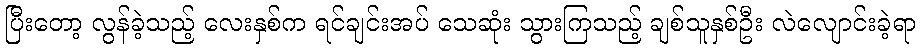
ပြီးတော့ လွန်ခဲ့သည့် လေးနှစ်က ရင်ချင်းအပ် သေဆုံး သွားကြသည့် ချစ်သူနှစ်ဦး လဲလျောင်းခဲ့ရာ